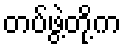
တပ်ဖွဲ့တို့က